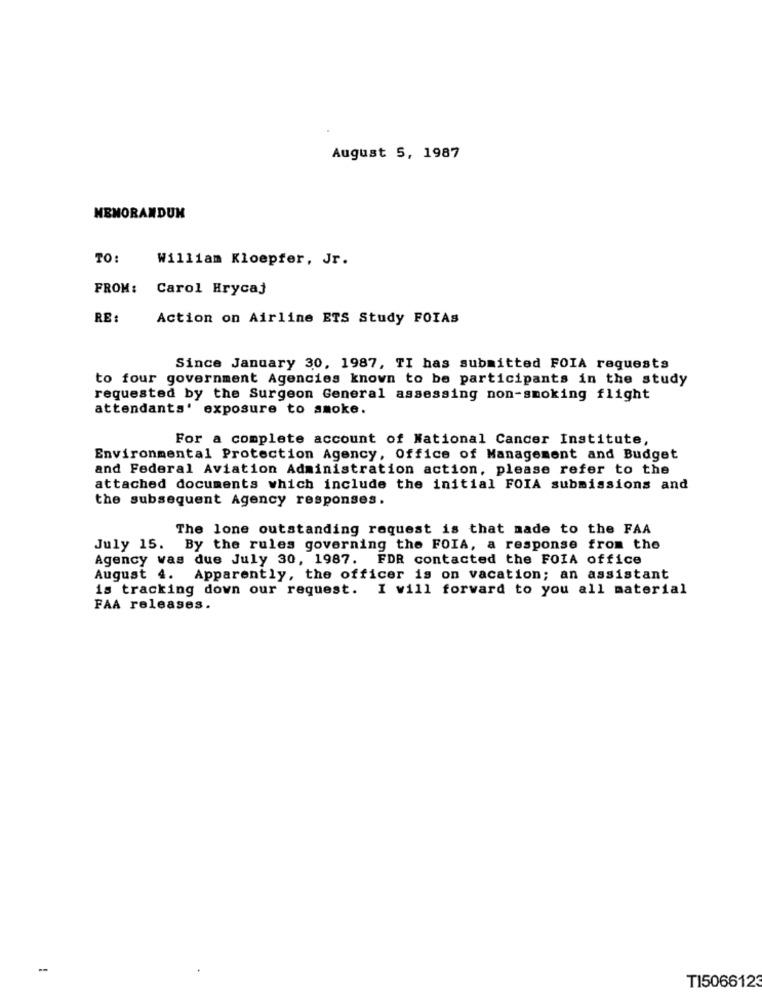
August 5, 1987
MEMORANDUM
TO:
William Kloepfer, Jr.
FROM:
Carol Hrycaj
RE:
Action on Airline ETS Study FOIAs
Since January 30, 1987, TI has submitted FOIA requests
to four government Agencies known to be participants in the study
requested by the Surgeon General assessing non-smoking flight
attendants' exposure to smoke.
For a complete account of National Cancer Institute,
Environmental Protection Agency, Office of Management and Budget
and Federal Aviation Administration action, please refer to the
attached documents which include the initial FOIA submissions and
the subsequent Agency responses.
The lone outstanding request is that made to the FAA
July 15. By the rules governing the FOIA, a response from the
Agency was due July 30, 1987. FDR contacted the FOIA office
August 4.
Apparently, the officer is on vacation; an assistant
is tracking down our request. I will forward to you all material
FAA releases.
--
TI5066123